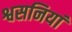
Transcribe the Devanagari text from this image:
श्वसनियां